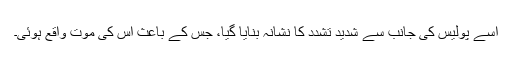
اسے پولیس کی جانب سے شدید تشدد کا نشانہ بنایا گیا، جس کے باعث اس کی موت واقع ہوئی۔